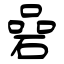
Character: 碞